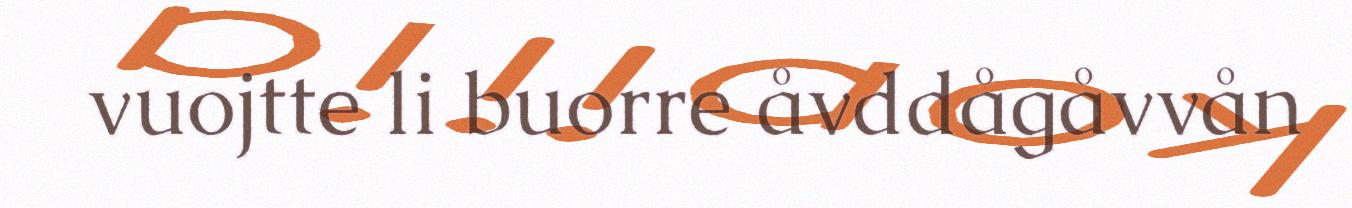
vuojtte li buorre åvddågåvvån